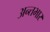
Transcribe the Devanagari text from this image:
अन्तभार